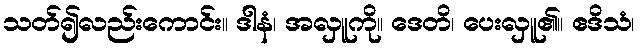
သတ်၍လည်းကောင်း။ ဒါနံ၊ အလှူကို။ ဒေတိ၊ ပေးလှူ၏။ ဧဒိသံ၊